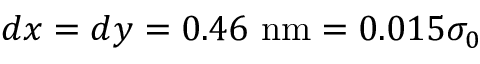
d x = d y = 0 . 4 6 \ \mathrm { n m } = 0 . 0 1 5 \sigma _ { 0 }